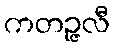
ကတဉ္ဇလီ